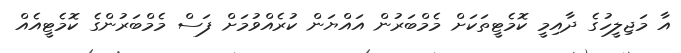
އާ މަޖިލީހުގެ ދާއިމީ ކޮމެޓީތަކަށް މެމްބަރުން އައްޔަން ކުރެއްވުމަށް ފަސް މެމްބަރުންގެ ކޮމެޓީއެއް